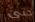
حتى